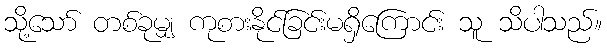
သို့သော် တစ်ခုမျှ ကုစားနိုင်ခြင်းမရှိကြောင်း သူ သိပါသည်။